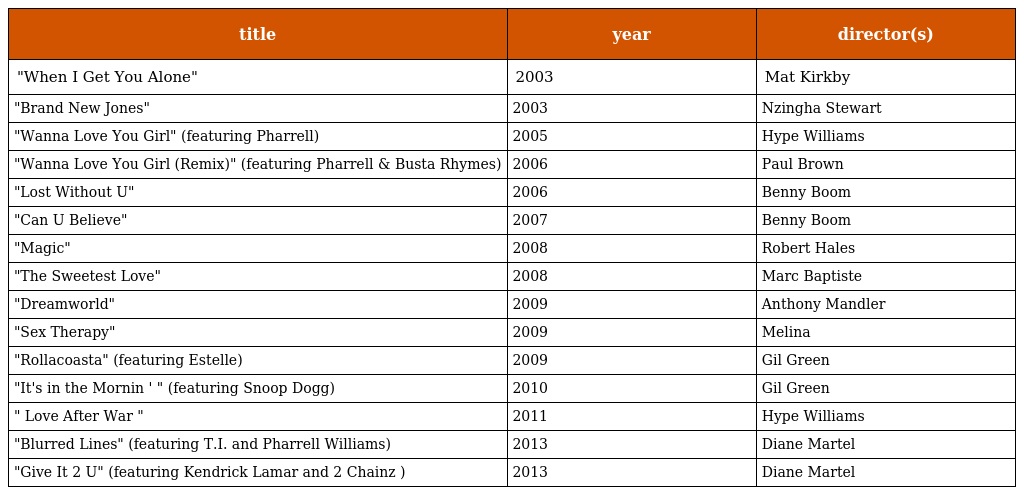
| title | year | director(s) |
 | --- | --- | --- |
 | "When I Get You Alone" | 2003 | Mat Kirkby |
 | "Brand New Jones" | 2003 | Nzingha Stewart |
 | "Wanna Love You Girl" (featuring Pharrell) | 2005 | Hype Williams |
 | "Wanna Love You Girl (Remix)" (featuring Pharrell & Busta Rhymes) | 2006 | Paul Brown |
 | "Lost Without U" | 2006 | Benny Boom |
 | "Can U Believe" | 2007 | Benny Boom |
 | "Magic" | 2008 | Robert Hales |
 | "The Sweetest Love" | 2008 | Marc Baptiste |
 | "Dreamworld" | 2009 | Anthony Mandler |
 | "Sex Therapy" | 2009 | Melina |
 | "Rollacoasta" (featuring Estelle) | 2009 | Gil Green |
 | "It's in the Mornin ' " (featuring Snoop Dogg) | 2010 | Gil Green |
 | " Love After War " | 2011 | Hype Williams |
 | "Blurred Lines" (featuring T.I. and Pharrell Williams) | 2013 | Diane Martel |
 | "Give It 2 U" (featuring Kendrick Lamar and 2 Chainz ) | 2013 | Diane Martel |